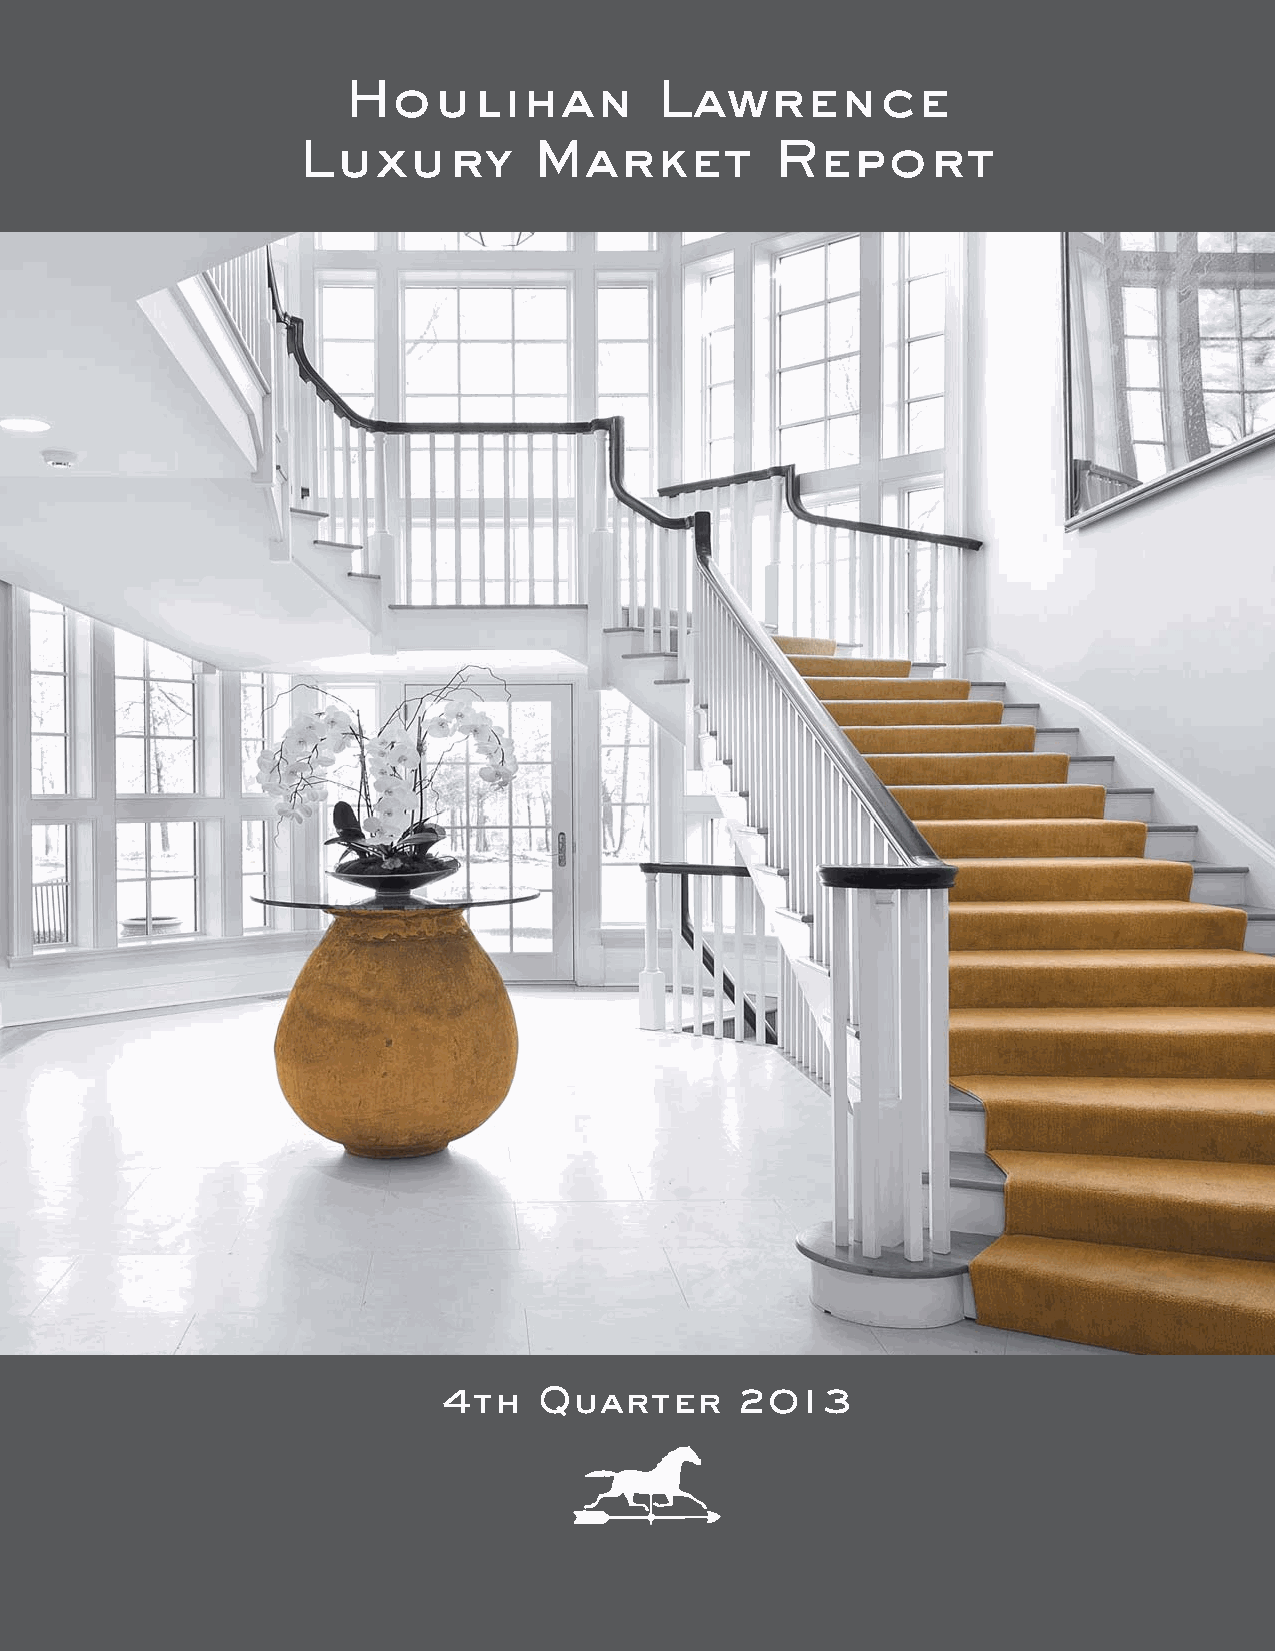
Houlihan            Lawrence
 Luxury         Market          Report
 4th    Quarter      2013